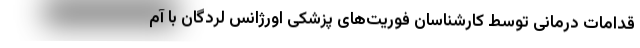
قدامات درمانی توسط کارشناسان فوریت‌های پزشکی اورژانس لردگان با آم